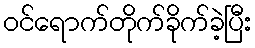
ဝင်ရောက်တိုက်ခိုက်ခဲ့ပြီး